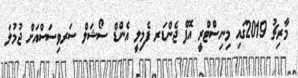
މާރިޗު 2019ގައި މިނިސްޓްރީ އޮފް ޖެންޑަރ ފެމިލީ އެންޑް ސޯޝަލް ސަރވިސަސްއަށް ޖުމުލަ